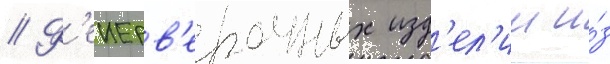
// Ф'еиерв'ерочных изд'ел'ии и́з